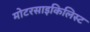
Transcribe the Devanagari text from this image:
मोटरसाइकिलिस्ट